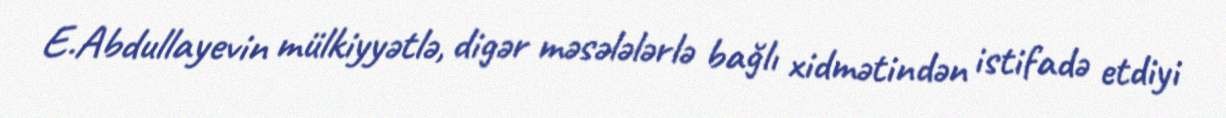
E.Abdullayevin mülkiyyətlə, digər məsələlərlə bağlı xidmətindən istifadə etdiyi